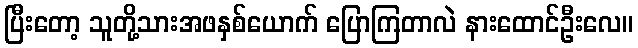
ပြီးတော့ သူတို့သားအဖနှစ်ယောက် ပြောကြတာလဲ နားထောင်ဦးလေ။